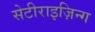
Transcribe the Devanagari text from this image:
सेटीराइज़िन्ग